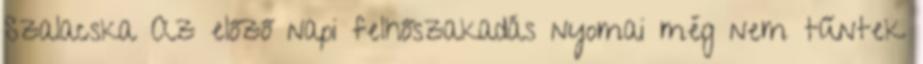
Szalacska Az előző napi felhőszakadás nyomai még nem tűntek